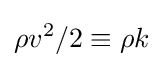
\rho v^{2}/2\equiv \rho k